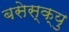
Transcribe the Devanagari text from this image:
बसेस्क्यु